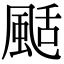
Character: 颳